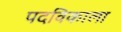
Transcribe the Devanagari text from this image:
पदविकाला